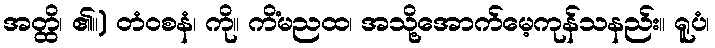
အတ္ထိ၊ ၏။) တံဝစနံ၊ ကို။ ကိံမညထ၊ အသို့အောက်မေ့ကုန်သနည်း။ ရူပံ၊